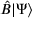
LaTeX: { \hat { B } } | \Psi \rangle